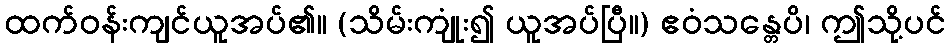
ထက်ဝန်းကျင်ယူအပ်၏။ (သိမ်းကျုံး၍ ယူအပ်ပြီ။) ဧဝံသန္တေပိ၊ ဤသို့ပင်